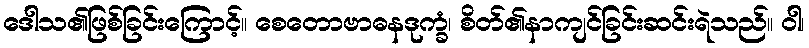
ဒေါသ၏ဖြစ်ခြင်းကြောင့်။ စေတောဗာဓနဒုက္ခံ၊ စိတ်၏နာကျင်ခြင်းဆင်းရဲသည်။ ဝါ၊